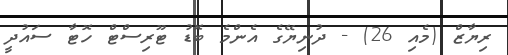
ރިޔާޒް (މެއި 26) - ދުނިޔޭގެ އެންމެ ބޮޑު ޓޫރިސްޓް ހޮޓާ ސައުދީ